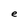
Character: e